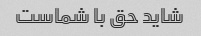
شاید حق با شماست